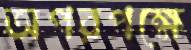
অপরপক্ষে